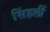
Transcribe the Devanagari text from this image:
सिंहलीं